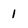
Character: 1